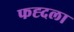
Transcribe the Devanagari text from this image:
फह्दला